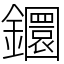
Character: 𨯬